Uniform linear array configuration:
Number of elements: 16
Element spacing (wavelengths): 0.5
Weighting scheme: kaiser
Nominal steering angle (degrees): -60
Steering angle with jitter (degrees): -59.614
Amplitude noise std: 0.05
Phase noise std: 0.05

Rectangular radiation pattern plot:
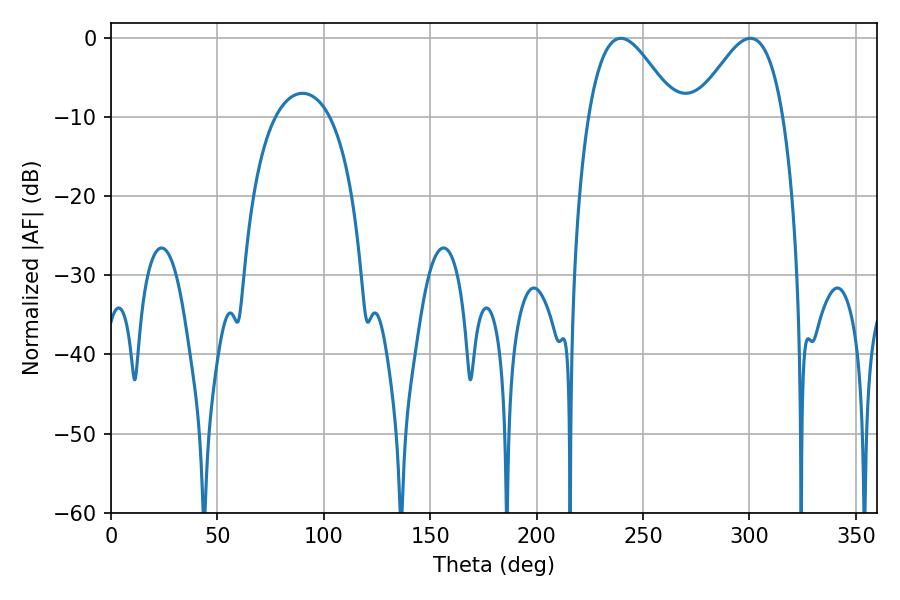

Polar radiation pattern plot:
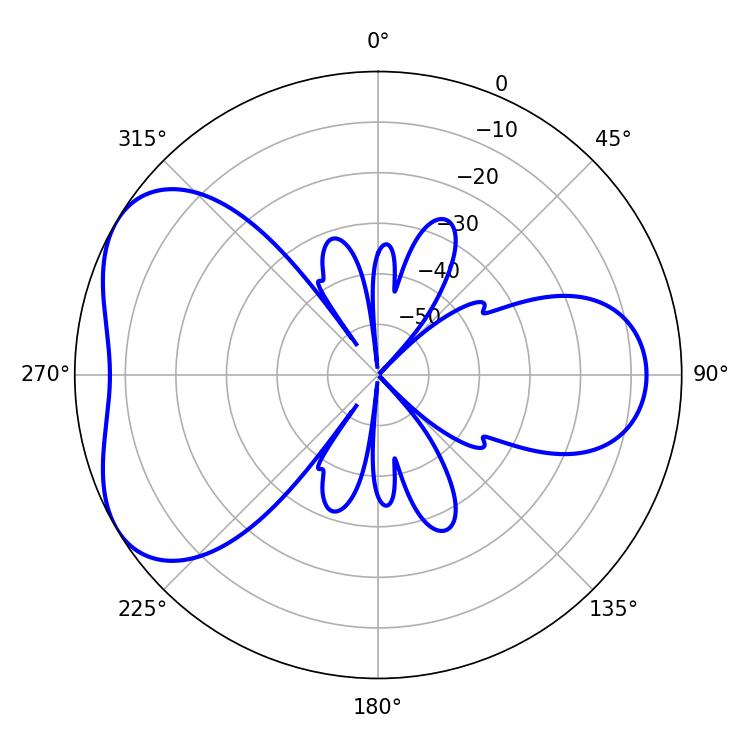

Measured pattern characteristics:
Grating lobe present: FALSE
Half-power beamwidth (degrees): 22.14
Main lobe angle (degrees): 239.58